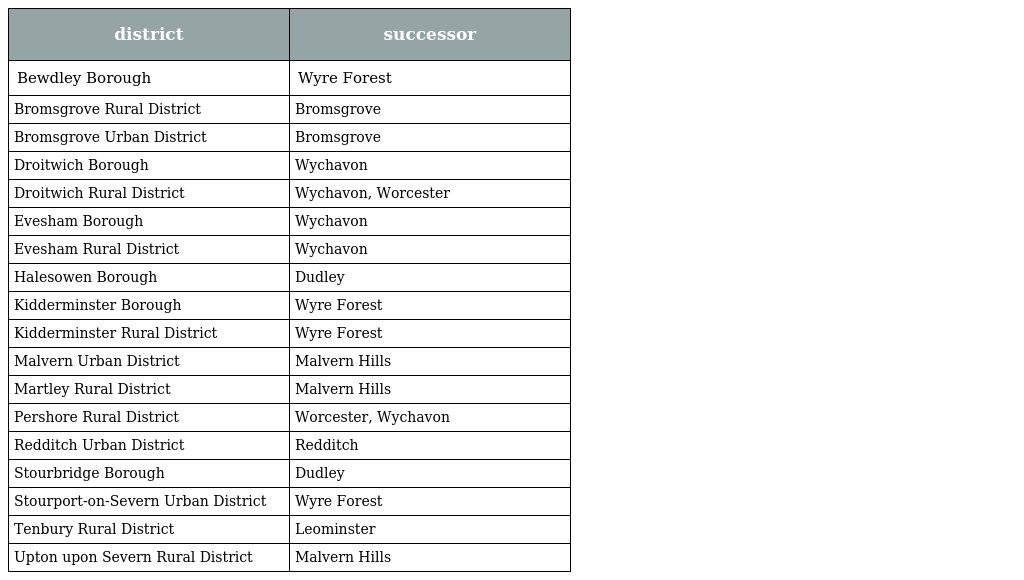
| district | successor |
 | --- | --- |
 | Bewdley Borough | Wyre Forest |
 | Bromsgrove Rural District | Bromsgrove |
 | Bromsgrove Urban District | Bromsgrove |
 | Droitwich Borough | Wychavon |
 | Droitwich Rural District | Wychavon, Worcester |
 | Evesham Borough | Wychavon |
 | Evesham Rural District | Wychavon |
 | Halesowen Borough | Dudley |
 | Kidderminster Borough | Wyre Forest |
 | Kidderminster Rural District | Wyre Forest |
 | Malvern Urban District | Malvern Hills |
 | Martley Rural District | Malvern Hills |
 | Pershore Rural District | Worcester, Wychavon |
 | Redditch Urban District | Redditch |
 | Stourbridge Borough | Dudley |
 | Stourport-on-Severn Urban District | Wyre Forest |
 | Tenbury Rural District | Leominster |
 | Upton upon Severn Rural District | Malvern Hills |